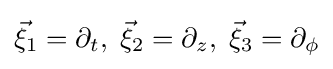
{\vec {\xi }}_{1}=\partial _{t},\;{\vec {\xi }}_{2}=\partial _{z},\;{\vec {\xi }}_{3}=\partial _{\phi }